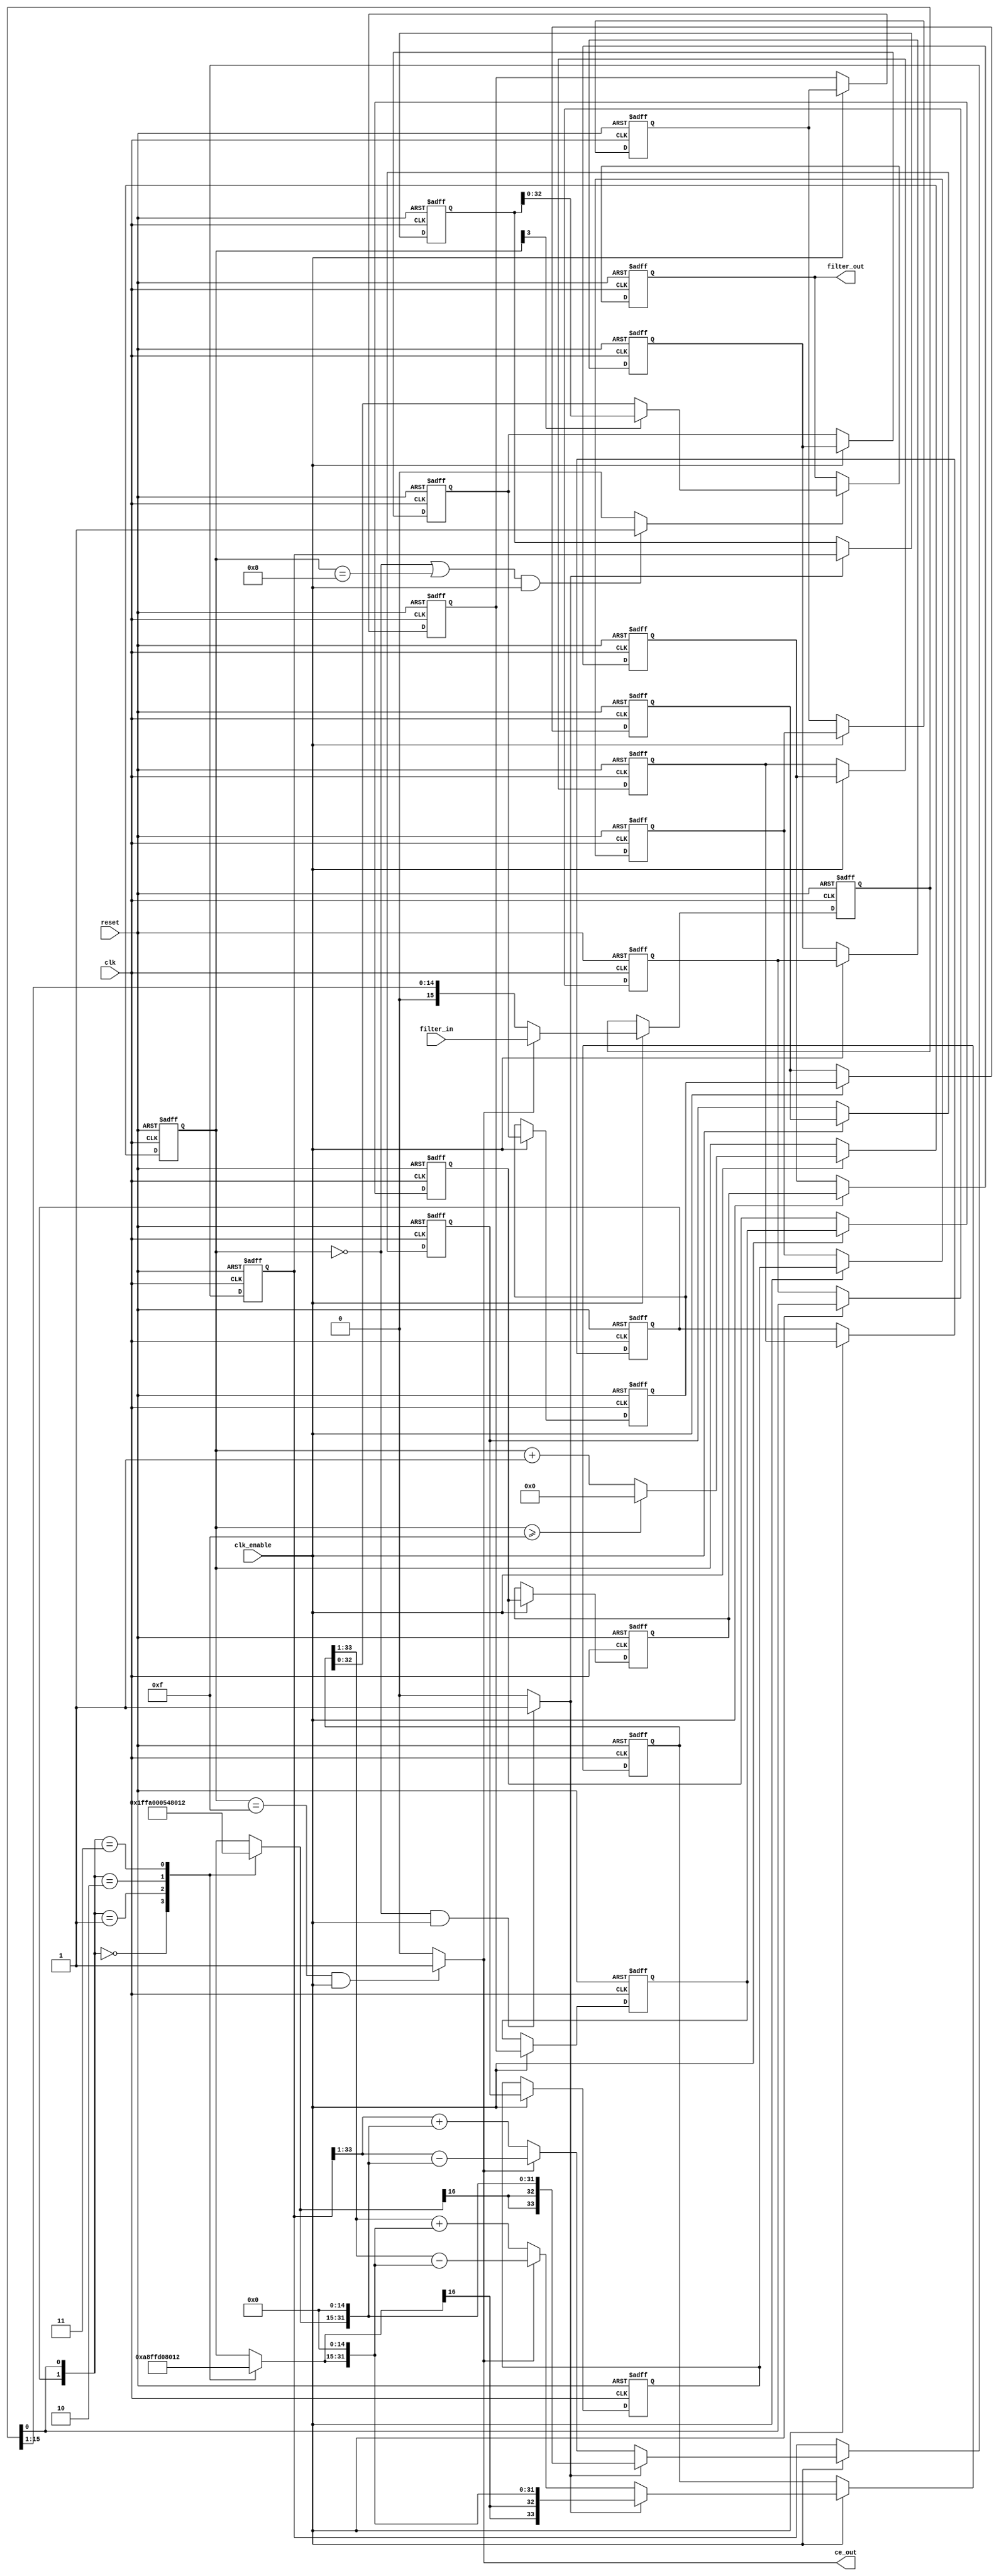
// -------------------------------------------------------------
//
// Module: inter
// Generated by MATLAB(R) 9.13 and Filter Design HDL Coder 3.1.12.
// Generated on: 2023-05-12 12:02:15
// -------------------------------------------------------------

// -------------------------------------------------------------
// HDL Code Generation Options:
//
// FIRAdderStyle: tree
// TargetDirectory: inter
// Name: inter
// DALUTPartition: [2; 2]
// TargetLanguage: Verilog
// TestBenchName: inter_tb
// TestBenchStimulus: step ramp chirp noise 

// Filter Specifications:
//
// Sample Rate          : 96 kHz
// Response             : Lowpass
// Specification        : N,Fp,Fst,Ap
// Interpolation Factor : 2
// Multirate Type       : Interpolator
// Filter Order         : 3
// Passband Edge        : 15 kHz
// Stopband Edge        : 25 kHz
// Passband Ripple      : 0.01 dB
// -------------------------------------------------------------

// -------------------------------------------------------------
// HDL Implementation    : Distributed arithmetic (DA)
// Folding Factor        : 8
// LUT Address Width     : 2
// Total LUT Size (bits) : 136
// -------------------------------------------------------------
// Filter Settings:
//
// Discrete-Time FIR Multirate Filter (real)
// -----------------------------------------
// Filter Structure      : Direct-Form FIR Polyphase Interpolator
// Interpolation Factor  : 2
// Polyphase Length      : 2
// Filter Length         : 4
// Stable                : Yes
// Linear Phase          : Yes (Type 2)
//
// Arithmetic            : fixed
// Numerator             : s16,15 -> [-1 1)
// -------------------------------------------------------------




`timescale 1 ns / 1 ns

module inter
               (
                clk,
                clk_enable,
                reset,
                filter_in,
                filter_out,
                ce_out
                );

  input   clk; 
  input   clk_enable; 
  input   reset; 
  input   signed [15:0] filter_in; //sfix16_En15
  output  signed [32:0] filter_out; //sfix33_En30
  output  ce_out; 

////////////////////////////////////////////////////////////////
//Module Architecture: inter
////////////////////////////////////////////////////////////////
  // Local Functions
  // Type Definitions
  // Constants
  parameter signed [15:0] coeffphase1_1 = 16'b0000000000101010; //sfix16_En15
  parameter signed [15:0] coeffphase1_2 = 16'b0111111111101000; //sfix16_En15
  parameter signed [15:0] coeffphase2_1 = 16'b0111111111101000; //sfix16_En15
  parameter signed [15:0] coeffphase2_2 = 16'b0000000000101010; //sfix16_En15

  // Signals
  wire signed [15:0] filter_in_cast; // sfix16_En15
  reg  [3:0] cur_count; // ufix4
  wire phase_15; // boolean
  wire phase_0; // boolean
  wire phase_8; // boolean
  wire cur_count1; // ufix1
  wire serialoutb1; // ufix1
  reg  signed [15:0] shiftreg; // sfix16_En15
  reg  delay_pipeline [0:15] ; // boolean
  wire [1:0] mem_addr; // ufix2
  reg  signed [16:0] memoutb1; // sfix17_En15
  reg  signed [33:0] acc_out; // sfix34_En30
  wire signed [33:0] memoutb1_cast; // sfix34_En30
  wire signed [33:0] add_sub_out; // sfix34_En30
  wire signed [33:0] acc_out_shft; // sfix34_En30
  wire signed [33:0] acc_in; // sfix34_En30
  wire signed [33:0] addsub_add; // sfix34_En30
  wire signed [33:0] addsub_sub; // sfix34_En30
  wire signed [33:0] add_signext; // sfix34_En30
  wire signed [33:0] add_signext_1; // sfix34_En30
  wire signed [34:0] add_temp; // sfix35_En30
  wire signed [33:0] sub_signext; // sfix34_En30
  wire signed [33:0] sub_signext_1; // sfix34_En30
  wire signed [34:0] sub_temp; // sfix35_En30
  wire signed [33:0] output_da; // sfix34_En30
  wire [1:0] mem_addr_1; // ufix2
  reg  signed [16:0] memoutb1_1; // sfix17_En15
  reg  signed [33:0] acc_out_1; // sfix34_En30
  wire signed [33:0] memoutb1_1_cast; // sfix34_En30
  wire signed [33:0] add_sub_out_1; // sfix34_En30
  wire signed [33:0] acc_out_shft_1; // sfix34_En30
  wire signed [33:0] acc_in_1; // sfix34_En30
  wire signed [33:0] addsub_add_1; // sfix34_En30
  wire signed [33:0] addsub_sub_1; // sfix34_En30
  wire signed [33:0] add_signext_2; // sfix34_En30
  wire signed [33:0] add_signext_3; // sfix34_En30
  wire signed [34:0] add_temp_1; // sfix35_En30
  wire signed [33:0] sub_signext_2; // sfix34_En30
  wire signed [33:0] sub_signext_3; // sfix34_En30
  wire signed [34:0] sub_temp_1; // sfix35_En30
  reg  signed [33:0] final_acc_out; // sfix34_En30
  wire signed [33:0] output_da_1; // sfix34_En30
  wire signed [32:0] output_cast_1; // sfix33_En30
  wire signed [32:0] output_cast_2; // sfix33_En30
  wire signed [32:0] output_mux; // sfix33_En30
  reg  signed [32:0] output_register; // sfix33_En30

  // Block Statements
  assign filter_in_cast = filter_in;

  always @ (posedge clk or posedge reset)
    begin: Counter_process
      if (reset == 1'b1) begin
        cur_count <= 4'b1111;
      end
      else begin
        if (clk_enable == 1'b1) begin
          if (cur_count >= 4'b1111) begin
            cur_count <= 4'b0000;
          end
          else begin
            cur_count <= cur_count + 4'b0001;
          end
        end
      end
    end // Counter_process

  assign  phase_15 = (cur_count == 4'b1111 && clk_enable == 1'b1) ? 1'b1 : 1'b0;

  assign  phase_0 = (cur_count == 4'b0000 && clk_enable == 1'b1) ? 1'b1 : 1'b0;

  assign phase_8 = (((cur_count == 4'b0000) ||
                     (cur_count == 4'b1000)) && clk_enable == 1'b1) ? 1'b1 : 1'b0;

  assign cur_count1 = {cur_count[3]};

  always @ (posedge clk or posedge reset)
    begin: Serializer_1_process
      if (reset == 1'b1) begin
        shiftreg <= 16'b0000000000000000;
      end
      else begin
        if (clk_enable == 1'b1) begin
          if (phase_15 == 1'b1) begin
            shiftreg <= filter_in_cast;
          end
          else begin
            shiftreg <= {1'b0, shiftreg[15 : 1]};
          end
        end
      end 
    end // Serializer_1_process;

  assign   serialoutb1=shiftreg[0];
 
  always @( posedge clk or posedge reset)
    begin: Delay_Pipeline_1_process
      if (reset == 1'b1) begin
        delay_pipeline[0] <= 1'b0;
        delay_pipeline[1] <= 1'b0;
        delay_pipeline[2] <= 1'b0;
        delay_pipeline[3] <= 1'b0;
        delay_pipeline[4] <= 1'b0;
        delay_pipeline[5] <= 1'b0;
        delay_pipeline[6] <= 1'b0;
        delay_pipeline[7] <= 1'b0;
        delay_pipeline[8] <= 1'b0;
        delay_pipeline[9] <= 1'b0;
        delay_pipeline[10] <= 1'b0;
        delay_pipeline[11] <= 1'b0;
        delay_pipeline[12] <= 1'b0;
        delay_pipeline[13] <= 1'b0;
        delay_pipeline[14] <= 1'b0;
        delay_pipeline[15] <= 1'b0;
      end
      else begin
        if (clk_enable == 1'b1) begin
          delay_pipeline[0] <= serialoutb1;
          delay_pipeline[1] <= delay_pipeline[0];
          delay_pipeline[2] <= delay_pipeline[1];
          delay_pipeline[3] <= delay_pipeline[2];
          delay_pipeline[4] <= delay_pipeline[3];
          delay_pipeline[5] <= delay_pipeline[4];
          delay_pipeline[6] <= delay_pipeline[5];
          delay_pipeline[7] <= delay_pipeline[6];
          delay_pipeline[8] <= delay_pipeline[7];
          delay_pipeline[9] <= delay_pipeline[8];
          delay_pipeline[10] <= delay_pipeline[9];
          delay_pipeline[11] <= delay_pipeline[10];
          delay_pipeline[12] <= delay_pipeline[11];
          delay_pipeline[13] <= delay_pipeline[12];
          delay_pipeline[14] <= delay_pipeline[13];
          delay_pipeline[15] <= delay_pipeline[14];
        end
      end
    end // Delay_Pipeline_1_process


  assign mem_addr = {delay_pipeline[15], serialoutb1};

  always @(mem_addr)
  begin
    case(mem_addr)
      2'b00 : memoutb1 = 17'b00000000000000000;
      2'b01 : memoutb1 = 17'b00000000000101010;
      2'b10 : memoutb1 = 17'b00111111111101000;
      2'b11 : memoutb1 = 17'b01000000000010010;
      default : memoutb1 = 17'b01000000000010010;
    endcase
  end

  assign memoutb1_cast = $signed({memoutb1[16:0], 15'b000000000000000});

  assign acc_out_shft = $signed({{1{acc_out[33]}}, acc_out[33:1]});

  assign add_signext = acc_out_shft;
  assign add_signext_1 = memoutb1_cast;
  assign add_temp = add_signext + add_signext_1;
  assign addsub_add = add_temp[33:0];

  assign sub_signext = acc_out_shft;
  assign sub_signext_1 = memoutb1_cast;
  assign sub_temp = sub_signext - sub_signext_1;
  assign addsub_sub = sub_temp[33:0];

  assign add_sub_out = (phase_15 == 1'b1) ? addsub_sub :
                      addsub_add;

  assign acc_in = (phase_0 == 1'b1) ? memoutb1_cast :
            add_sub_out;

  always @ (posedge clk or posedge reset)
    begin: Acc_reg_1_process
      if (reset == 1'b1) begin
        acc_out <= 0;
      end
      else begin
        if (clk_enable == 1'b1) begin
          acc_out <= acc_in;
        end
      end
    end // Acc_reg_1_process

  assign output_da = acc_out;

  assign mem_addr_1 = {delay_pipeline[15], serialoutb1};

  always @(mem_addr_1)
  begin
    case(mem_addr_1)
      2'b00 : memoutb1_1 = 17'b00000000000000000;
      2'b01 : memoutb1_1 = 17'b00111111111101000;
      2'b10 : memoutb1_1 = 17'b00000000000101010;
      2'b11 : memoutb1_1 = 17'b01000000000010010;
      default : memoutb1_1 = 17'b01000000000010010;
    endcase
  end

  assign memoutb1_1_cast = $signed({memoutb1_1[16:0], 15'b000000000000000});

  assign acc_out_shft_1 = $signed({{1{acc_out_1[33]}}, acc_out_1[33:1]});

  assign add_signext_2 = acc_out_shft_1;
  assign add_signext_3 = memoutb1_1_cast;
  assign add_temp_1 = add_signext_2 + add_signext_3;
  assign addsub_add_1 = add_temp_1[33:0];

  assign sub_signext_2 = acc_out_shft_1;
  assign sub_signext_3 = memoutb1_1_cast;
  assign sub_temp_1 = sub_signext_2 - sub_signext_3;
  assign addsub_sub_1 = sub_temp_1[33:0];

  assign add_sub_out_1 = (phase_15 == 1'b1) ? addsub_sub_1 :
                        addsub_add_1;

  assign acc_in_1 = (phase_0 == 1'b1) ? memoutb1_1_cast :
              add_sub_out_1;

  always @ (posedge clk or posedge reset)
    begin: Acc_reg_2_process
      if (reset == 1'b1) begin
        acc_out_1 <= 0;
      end
      else begin
        if (clk_enable == 1'b1) begin
          acc_out_1 <= acc_in_1;
        end
      end
    end // Acc_reg_2_process

  always @ (posedge clk or posedge reset)
    begin: Finalsum_reg_2_process
      if (reset == 1'b1) begin
        final_acc_out <= 0;
      end
      else begin
        if (phase_0 == 1'b1) begin
          final_acc_out <= acc_out_1;
        end
      end
    end // Finalsum_reg_2_process

  assign output_da_1 = final_acc_out;

  assign output_cast_1 = output_da[32:0];

  assign output_cast_2 = output_da_1[32:0];

  assign output_mux = (cur_count1 == 1'b0) ? output_cast_1 :
                     output_cast_2;
  always @ (posedge clk or posedge reset)
    begin: Output_Register_process
      if (reset == 1'b1) begin
        output_register <= 0;
      end
      else begin
        if (phase_8 == 1'b1) begin
          output_register <= output_mux;
        end
      end
    end // Output_Register_process

  // Assignment Statements
  assign ce_out = phase_15;
  assign filter_out = output_register;
endmodule  // inter